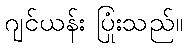
ဂျင်ယန်း ပြုံးသည်။